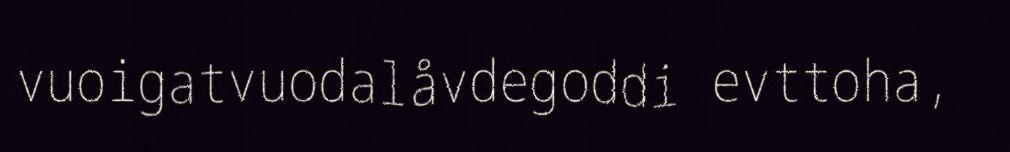
vuoigatvuodalåvdegoddi evttoha,